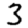
Digit: 3